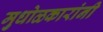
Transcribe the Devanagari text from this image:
मुधोळकारांनी